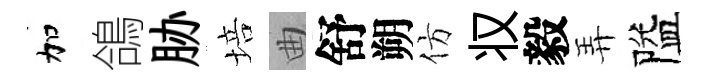
加鴿胁培曲舒朔仿𠬧毅弄隘